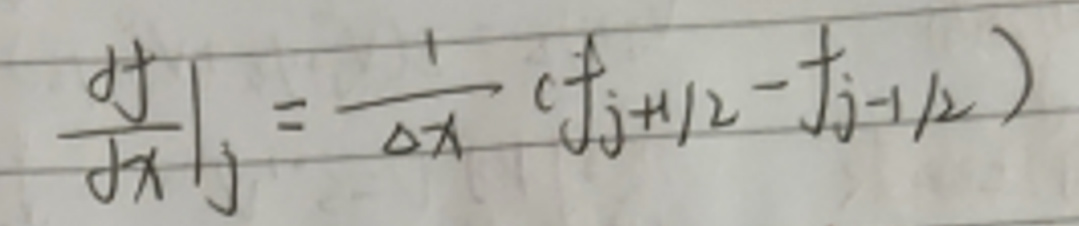
$\left.\frac{\mathrm{d} f}{\mathrm{~d} x}\right|_{j}=\frac{1}{\Delta x}\left(f_{j + 1/2}-f_{j - 1/2}\right)$